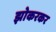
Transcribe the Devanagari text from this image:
झोकरकर